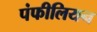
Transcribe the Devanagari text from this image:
पंफीलियन